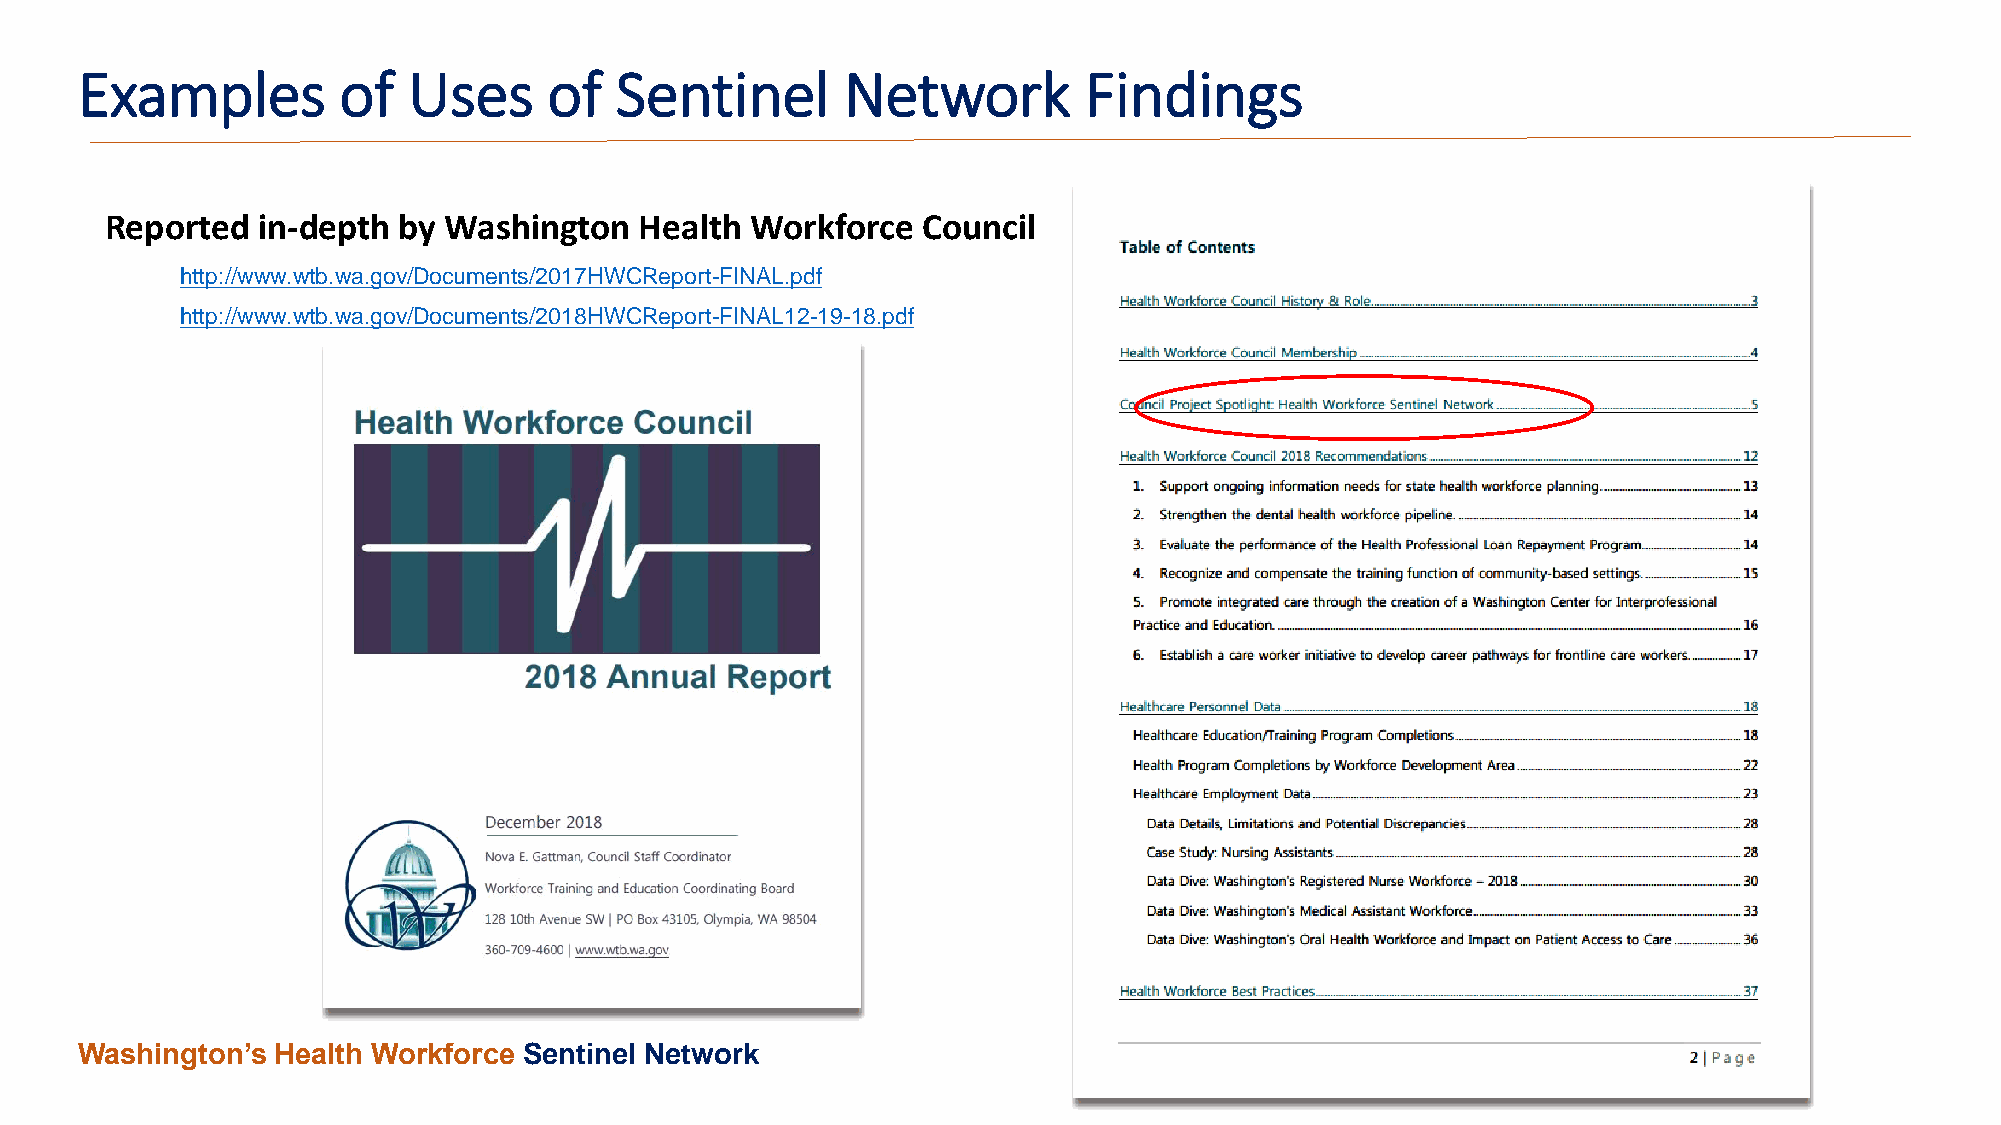
Examples         of   Uses     of   Sentinel       Network         Findings
 Reported  in-depth by Washington   Health  Workforce  Council
 http://www.wtb.wa.gov/Documents/2017HWCReport-FINAL.pdf
 http://www.wtb.wa.gov/Documents/2018HWCReport-FINAL12-19-18.pdf
 Washington’s Health Workforce Sentinel Network